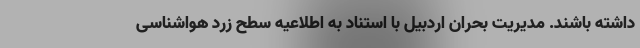
داشته باشند. مدیریت بحران اردبیل با استناد به اطلاعیه سطح زرد هواشناسی